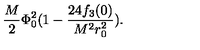
\frac { M } { 2 } \Phi _ { 0 } ^ { 2 } ( 1 - \frac { 2 4 f _ { 3 } ( 0 ) } { M ^ { 2 } r _ { 0 } ^ { 2 } } ) .